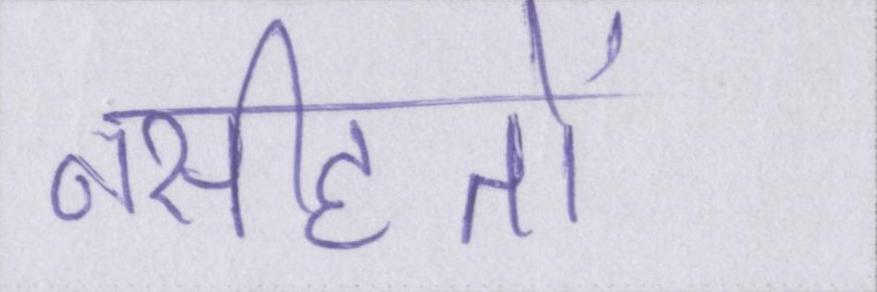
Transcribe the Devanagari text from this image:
नसीहतों